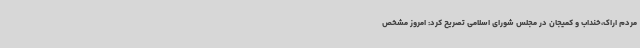
مردم اراک،خنداب و کمیجان در مجلس شورای اسلامی تصریح کرد: امروز مشخص